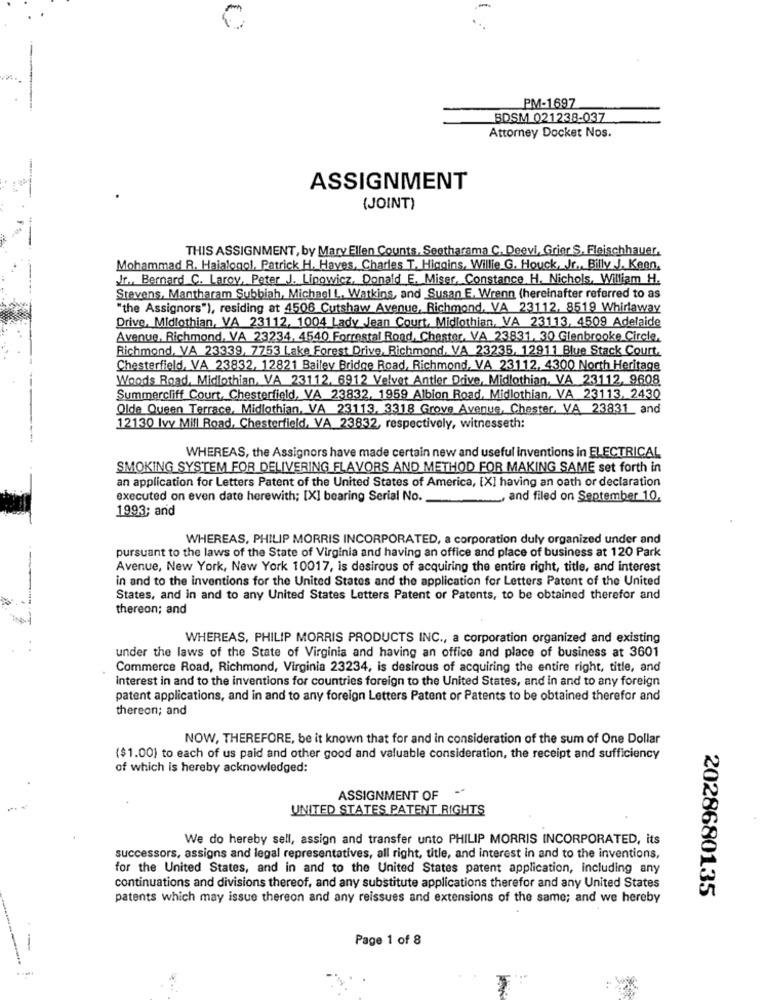
PM-1697
BDSM 021238-037
Attorney Docket Nos.
ASSIGNMENT
(JOINT)
THIS ASSIGNMENT, by Mary Ellen Counts, Sootharama C. Deevi, Grier S. Fleischhauer.
Mohammad R. Haialogol, Patrick H. Hayes, Charles T. Higgins, Willie G. Houck, Jr ., Billy J. Keen.
Jr ., Bernard C. Larov, Peter J. Lipowicz, Donald E. Miser, Constance H. Nichols, William H.
Stevens, Mantharam Subbiah, Michael L, Watkins, and Susan E. Wrenn (hereinafter referred to as
"the Assignors"), residing at 4506 Cutshaw Avenue, Richmond, VA 23112, 8519 Whirlaway
Drive, Midlothian, VA 23112, 1004 Lady Jean Court, Midlothian, VA 23113, 4509 Adelaide
Avenue, Richmond, VA 23234, 4540 Forrestal Road, Chester, VA 23831, 30 Glenbrooke Circle.
Richmond, VA 23339, 7753 Lake Forest Drive, Richmond, VA 23235, 12911 Blue Stack Court.
Chesterfield, VA 23832, 12821 Bailey Bridge Road, Richmond, VA 23112, 4300 North Heritage
Woods Road, Midlothian, VA 23112, 6912 Velvet Antler Drive, Midlothian, VA 23112, 9608
Summercliff Court, Chesterfield, VA 23832, 1959 Albion Road, Midlothian, VA 23113, 2430
Olde Queen Terrace, Midlothian, VA 23113, 3318 Grove Avenue, Chester, VA 23831 and
12130 Ivy Mill Road, Chesterfield, VA 23832, respectively, witnesseth:
WHEREAS, the Assignors have made certain new and useful inventions in ELECTRICAL
SMOKING SYSTEM FOR DELIVERING FLAVORS AND METHOD FOR MAKING SAME set forth in
an application for Letters Patent of the United States of America, [X] having an oath or declaration
executed on even date herewith; [X] bearing Serial No.
, and filed on September 10
1993; and
WHEREAS, PHILIP MORRIS INCORPORATED, a corporation duly organized under and
pursuant to the laws of the State of Virginia and having an office and place of business at 120 Park
Avenue, New York, New York 10017, is desirous of acquiring the entire right, title, and interest
in and to the inventions for the United States and the application for Letters Patent of the United
States, and in and to any United States Letters Patent or Patents, to be obtained therefor and
thereon; and
WHEREAS, PHILIP MORRIS PRODUCTS INC ., a corporation organized and existing
under the laws of the State of Virginia and having an office and place of business at 3601
Commerce Road, Richmond, Virginia 23234, is desirous of acquiring the entire right, title, and
Interest in and to the inventions for countries foreign to the United States, and in and to any foreign
patent applications, and in and to any foreign Letters Patent or Patents to be obtained therefor and
thereon; and
NOW, THEREFORE, be it known that for and in consideration of the sum of One Dollar
($1.00) to each of us paid and other good and valuable consideration, the receipt and sufficiency
of which is hereby acknowledged:
-
ASSIGNMENT OF
UNITED STATES PATENT RIGHTS
We do hereby sell, assign and transfer unto PHILIP MORRIS INCORPORATED, its
successors, assigns and legal representatives, all right, title, and interest in and to the inventions,
for the United States, and in and to the United States patent application, including any
continuations and divisions thereof, and any substitute applications therefor and any United States
2028680135
patents which may issue thereon and any reissues and extensions of the same; and we hereby
Page 1 of 8